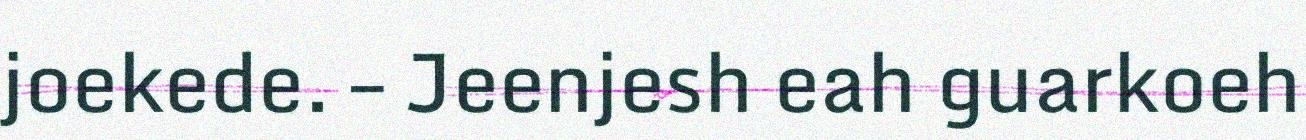
joekede. – Jeenjesh eah guarkoeh